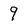
Character: 9